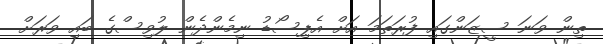
ތިން ވަނަ ސީޒަންގައި ފުރަތަމަ އަށް އެޕިސޯޑު ނިމެންދެން ލުވިސްގެ ބައި ވަރަށް